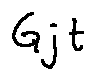
G j t